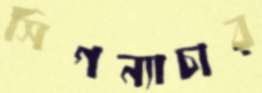
সিগন্যাচার